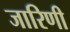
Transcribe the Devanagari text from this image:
जारिणी